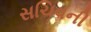
સચિવની